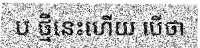
ប ថ្មីនេះហើយ បើថា